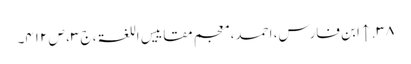
۳۸. ↑ ابن فارس، احمد، معجم مقاییس اللغۃ، ج ۳، ص ۴۱۲۔